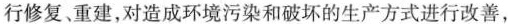
行修复、重建，对造成环境污染和破坏的生产方式进行改善，